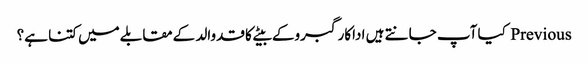
Previous کیا آپ جانتے ہیں اداکارگبروکے بیٹےکا قدوالد کےمقابلےمیں کتنا ہے؟